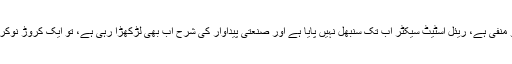
جب ایکسپورٹ کی شرح نمو منفی ہے، ریئل اسٹیٹ سیکٹر اب تک سنبھل نہیں پایا ہے اور صنعتی پیداوار کی شرح اب بھی لڑکھڑا رہی ہے، تو ایک کروڑ نوکریاں کیسے پیدا ہو سکتی ہیں؟